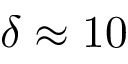
\delta \approx 1 0